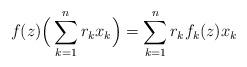
LaTeX: \begin{align*}f(z)\Big(\sum_{k=1}^{n}r_{k}x_{k}\Big)=\sum_{k=1}^{n}r_{k}f_{k}(z)x_{k}\end{align*}